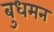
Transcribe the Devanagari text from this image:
बुधमन